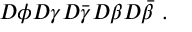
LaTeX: { \cal D } \phi { \cal D } \gamma { \cal D } \bar { \gamma } { \cal D } \beta { \cal D } \bar { \beta } ~ .